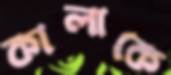
কালাকে